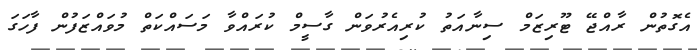
އެގޮތުން ރާއްޖޭ ޓޫރިޒަމް ސިނާއަތު ކުރިއެރުވަން ގާސީމް ކުރައްވާ މަސައްކަތް މުވައްޒަފުން ފާހަގަ